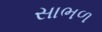
સાભળ